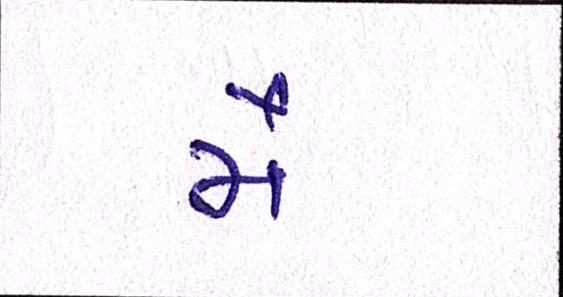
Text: મૈં